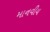
માનવીય